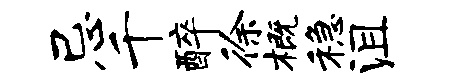
忌千醉徐概稳沮